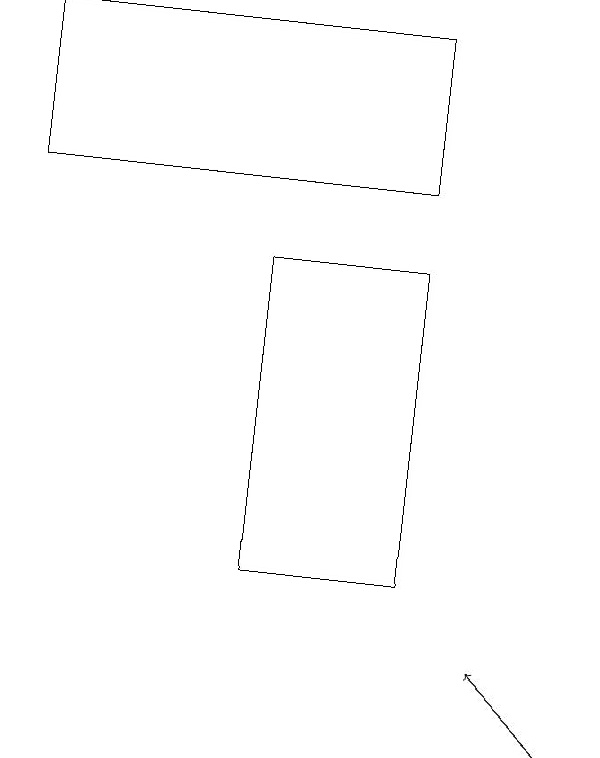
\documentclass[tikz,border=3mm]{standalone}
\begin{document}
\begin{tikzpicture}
\draw[->] (9,10) -- (8,11);
\draw (7,16) rectangle (5,12);
\draw (2,17) rectangle (7,19);
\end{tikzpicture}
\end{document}